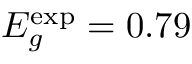
E _ { g } ^ { \exp } = 0 . 7 9